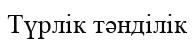
Түрлік тәнділік